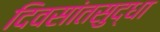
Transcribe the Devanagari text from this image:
दिवसांतसुद्धा